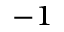
^ { - 1 }